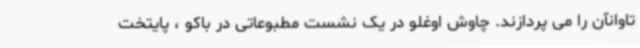
تاوانآن را می پردازند. چاوش اوغلو در یک نشست مطبوعاتی در باکو ، پایتخت